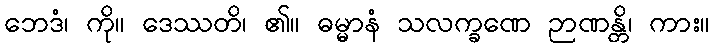
ဘေဒံ၊ ကို။ ဒေဿတိ၊ ၏။ ဓမ္မာနံ သလက္ခဏေ ဉာဏန္တိ၊ ကား။